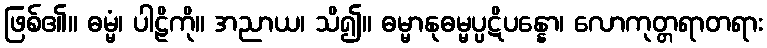
ဖြစ်၏။ ဓမ္မံ၊ ပါဠိကို။ အညာယ၊ သိ၍။ ဓမ္မာနုဓမ္မပ္ပဋိပန္နော၊ လောကုတ္တရာတရား